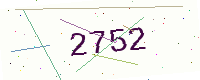
Text: 2752